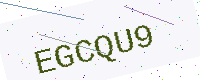
Text: EGCQU9